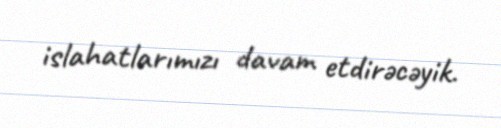
islahatlarımızı davam etdirəcəyik.